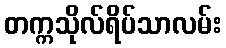
တက္ကသိုလ်ရိပ်သာလမ်း